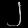
Digit: ၂